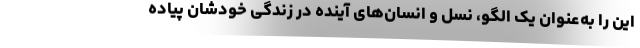
این را به‌عنوان یک الگو، نسل و انسان‌های آینده در زندگی خودشان پیاده